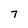
Character: 7